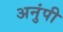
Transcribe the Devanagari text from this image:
अनुंपी